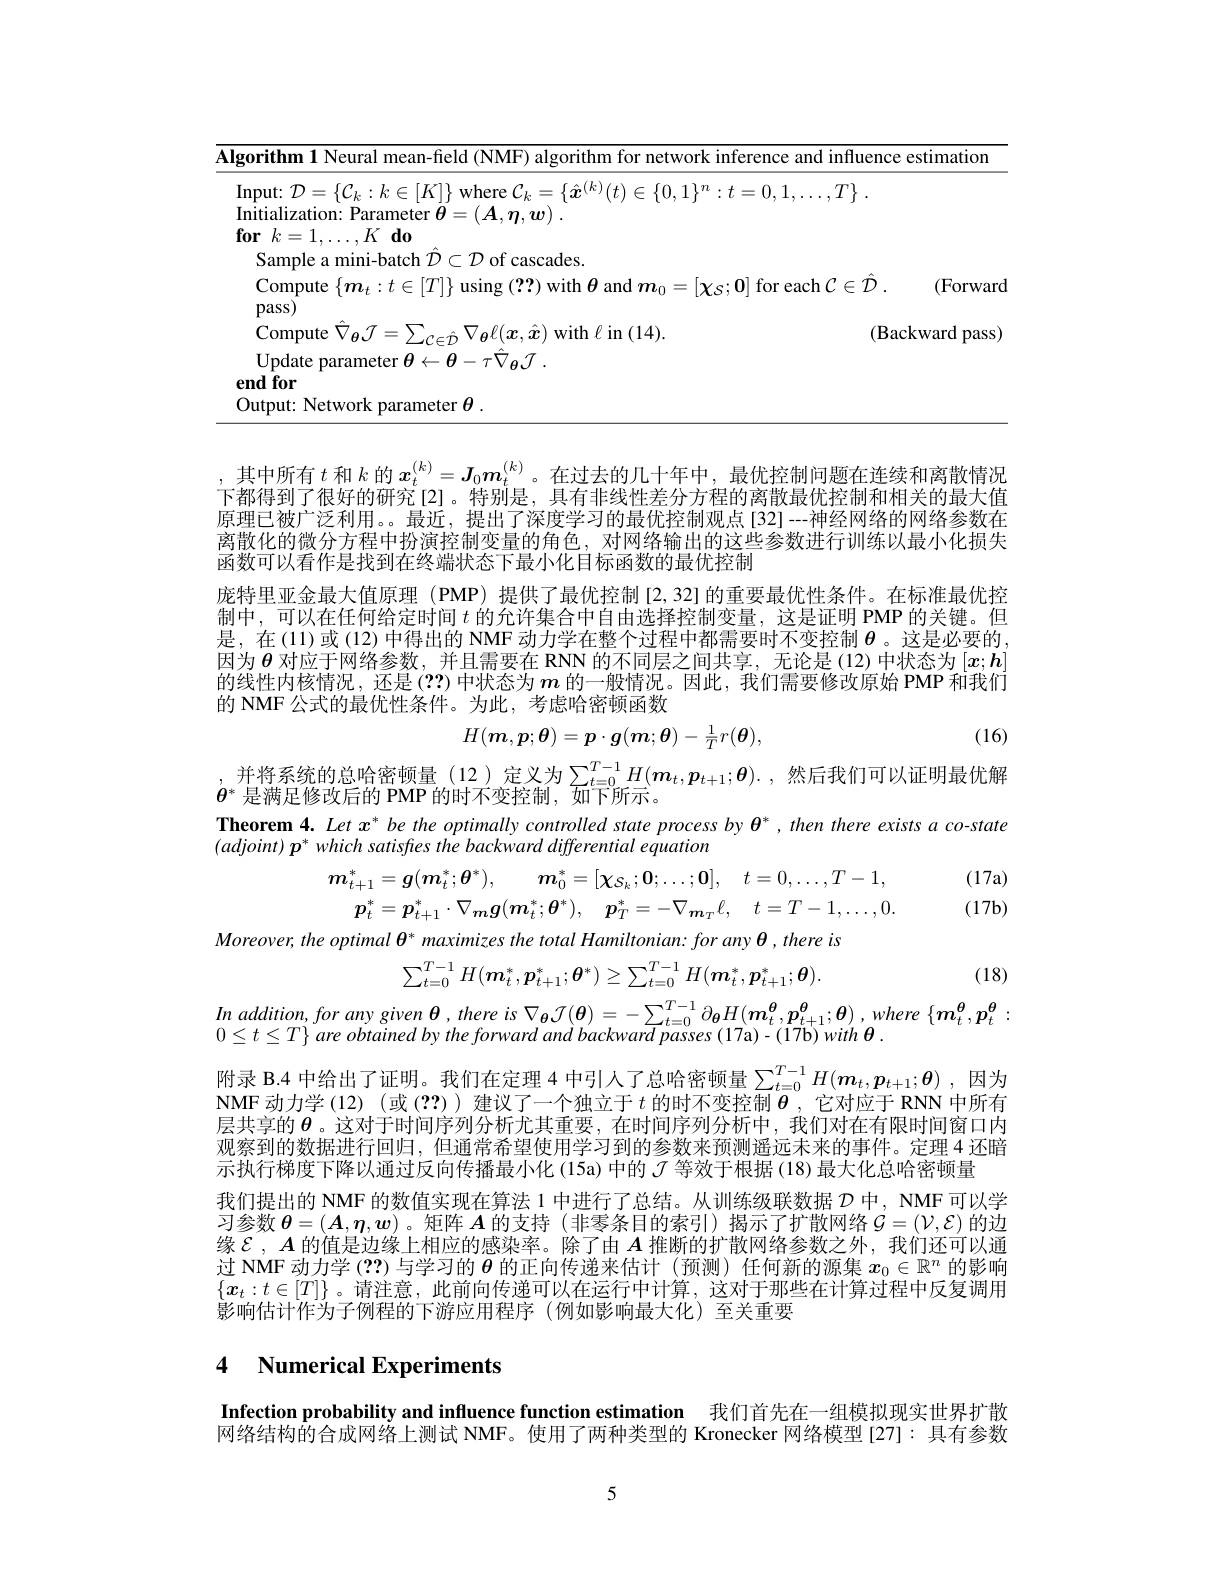
<table>
	<tbody>
		<tr>
			<td>lgorithm 1 Neural $<1n$terence ano</td>
			<td>lgorit</td>
			<td>$d$ influence estimation</td>
		</tr>
		<tr>
			<td>$lutmit-$ Networ narameter $\theta$</td>
			<td>Outp</td>
			<td> </td>
		</tr>
	</tbody>
</table>

,其中所有$t$和$k$的$x_t^{(k)}=\boldsymbol{J}_0\boldsymbol{m}_t^{(k)}$。在过去的几十年中，最优控制问题在连续和离散情况下都得到了很好的研究[2]。特别是，具有非线性差分方程的离散最优控制和相关的最大值原理已被广泛利用。。最近，提出了深度学习的最优控制观点[32]--神经网络的网络参数在离散化的微分方程中扮演控制变量的角色，对网络输出的这些参数进行训练以最小化损失函数可以看作是找到在终端状态下最小化目标函数的最优控制

庞特里亚金最大值原理(PMP) 提供了最优控制[2,32]的重要最优性条件。在标准最优控制中，可以在任何给定时间$t$的允许集合中自由选择控制变量，这是证明 PMP 的关键。但是，在(11)或(12)中得出的 NMF 动力学在整个过程中都需要时不变控制$\theta$。这是必要的因为$\boldsymbol{\theta}$对应于网络参数，并且需要在 RNN 的不同层之间共享，无论是 (12)中状态为$[x;\boldsymbol{h}]$ 的线性内核情况，还是(??)中状态为$m$的一般情况。因此，我们需要修改原始 PMP 和我们的 NMF公式的最优性条件。为此，考虑哈密顿函数
$$H(\boldsymbol{m},\boldsymbol{p};\boldsymbol{\theta})=\boldsymbol{p}\cdot\boldsymbol{g}(\boldsymbol{m};\boldsymbol{\theta})-\frac1Tr(\boldsymbol{\theta}),$$
(16)

并将系统的总哈密顿量(12)定义为$\sum _{t= 0}^{T- 1}H( \boldsymbol{m}_t, \boldsymbol{p}_{t+ 1}; \boldsymbol{\theta }) .$ , 然后我们可以证明最优解

$\theta^*$是满足修改后的 PMP 的时不变控制，如下所示。
Theorem 4. Let $x^*$ be the optimally controlled state process by $\theta^*,then$ there exists $a$ co-state
$\left(adjoint\right)\boldsymbol{p}^*which$ satisfres the backward differential equation

(17a) (17b)
$$m_{t+1}^{*}=g(\boldsymbol{m}_{t}^{*};\boldsymbol{\theta}^{*}),\quad\boldsymbol{m}_{0}^{*}=[\boldsymbol{\chi}_{\mathcal{S}_{k}};\boldsymbol{0};\ldots;\boldsymbol{0}],\quad t=0,\ldots,T-1,\\\boldsymbol{p}_{t}^{*}=\boldsymbol{p}_{t+1}^{*}\cdot\nabla_{\boldsymbol{m}}\boldsymbol{g}(\boldsymbol{m}_{t}^{*};\boldsymbol{\theta}^{*}),\quad\boldsymbol{p}_{T}^{*}=-\nabla_{\boldsymbol{m}_{T}}\ell,\quad t=T-1,\ldots,0.$$
$Moreover,theoptimal\theta^{*}$ maximizes the total Hamiltonian: for any $\theta,thereis$
$$\sum_{t=0}^{T-1}H(\boldsymbol{m}_t^*,\boldsymbol{p}_{t+1}^*;\boldsymbol{\theta}^*)\geq\sum_{t=0}^{T-1}H(\boldsymbol{m}_t^*,\boldsymbol{p}_{t+1}^*;\boldsymbol{\theta}).$$
(18)

$\begin{array}{l}In\:addition,\:for\:any\:given\:\theta\:,\:there\:is\:\nabla_{\boldsymbol{\theta}}\mathcal{J}(\boldsymbol{\theta})=-\sum_{t=0}^{T-1}\partial_{\boldsymbol{\theta}}H(\boldsymbol{m}_{t}^{\boldsymbol{\theta}},\boldsymbol{p}_{t+1}^{\boldsymbol{\theta}};\boldsymbol{\theta})\:,\:where\:\{\boldsymbol{m}_{t}^{\boldsymbol{\theta}},\boldsymbol{p}_{t}^{\boldsymbol{\theta}}:\\0\leq t\leq T\}\:are\:obtained\:by\:the\:forward\:and\:backward\:passes\:(17\mathrm{a})\:-\:(17\mathrm{b})\:with\:\boldsymbol{\theta}.\end{array}$ 附录 B.4 中给出了证明。我们在定理 4 中引人了总哈密顿量$\sum_{t=0}^{T-1}H(\boldsymbol{m}_t,\boldsymbol{p}_{t+1};\boldsymbol{\theta})$ ,因为NMF动力学(12)(或(??))建议了一个独立于$t$的时不变控制$\boldsymbol{\theta}$,它对应于 RNN 中所有层共享的$\boldsymbol{\theta}$。这对于时间序列分析尤其重要，在时间序列分析中，我们对在有限时间窗口内观察到的数据进行回归，但通常希望使用学习到的参数来预测遥远未来的事件。定理 4 还暗示执行梯度下降以通过反向传播最小化(15a) 中的$\mathcal{J}$等效于根据 (18) 最大化总哈密顿量
我们提出的 NMF 的数值实现在算法 1 中进行了总结。从训练级联数据$\mathcal{D}$中，NMF可以学习参数$\boldsymbol{\theta}=(\boldsymbol{A},\boldsymbol{\eta},\boldsymbol{w})$ 。矩阵$A$的支持 (非零条目的索引)揭示了扩散网络$\mathcal{G}=(\mathcal{V},\mathcal{E})$的边缘$\mathcal{E},\boldsymbol{A}$的值是边缘上相应的感染率。除了由$A$推断的扩散网络参数之外，我们还可以通过 NMF 动力学 (??) 与学习的$\theta$的正向传递来估计 (预测) 任何新的源集$x_0\in\mathbb{R}^n$的影响$\{x_t:t\in[T]\}$ 。请注意，此前向传递可以在运行中计算，这对于那些在计算过程中反复调用影响估计作为子例程的下游应用程序(例如影响最大化)至关重要

## 4 Numerical Experiments

Infection probability and influence function estimation 我们首先在一组模拟现实世界扩散网络结构的合成网络上测试 NMF。使用了两种类型的 Kronecker 网络模型[27]: 具有参数

5